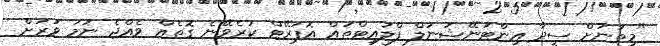
"މިތަނަށް ސީދާ އިންޓަނޭޝަނަލް ފްލައިޓްތައް އޮޕަރޭޓް ކުރެވޭނެ ގޮތެއް ވެއްޖެ ނަމަ ވަރަށް